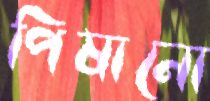
পিষানো